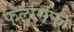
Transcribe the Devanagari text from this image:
फलसिफा